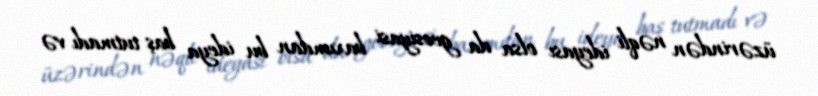
üzərindən nəqli ideyası olsa da geosiyasi baxımdan bu ideya baş tutmadı və